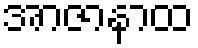
အာဇာနာထ